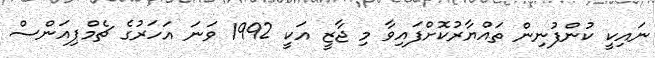
ނައިކީ ކުންފުނިން ތައްޔާރުކޮށްފައިވާ މި ޖާޒީ އަކީ 1992 ވަނަ އަހަރުގެ ޗެމްޕިއަންސް